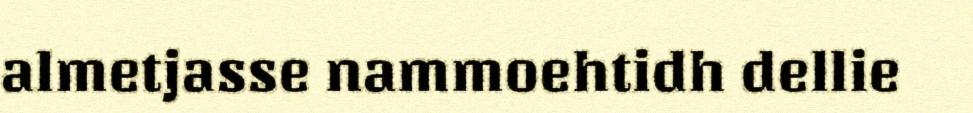
almetjasse nammoehtidh dellie